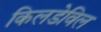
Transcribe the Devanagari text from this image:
किलडेविल